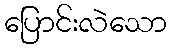
ပြောင်းလဲသော